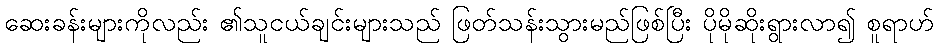
ဆေးခန်းများကိုလည်း ၏သူငယ်ချင်းများသည် ဖြတ်သန်းသွားမည်ဖြစ်ပြီး ပိုမိုဆိုးရွားလာ၍ စူရာဟ်